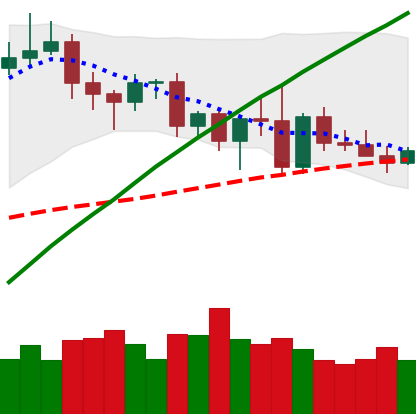
Ticker: XMR-USD
Chart end date: 2020-11-13
Forward return: 8.351%
Label: up_7plus